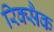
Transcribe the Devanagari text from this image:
रिक्सैक